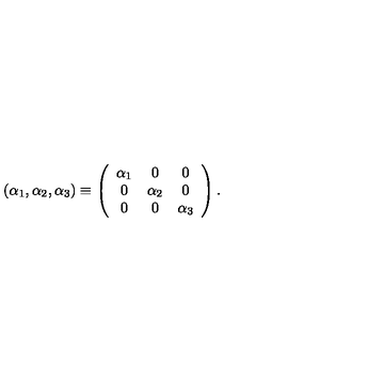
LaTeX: ( \alpha _ { 1 } , \alpha _ { 2 } , \alpha _ { 3 } ) \equiv \left( \begin{array} { c c c } { \alpha _ { 1 } } & { 0 } & { 0 } \\ { 0 } & { \alpha _ { 2 } } & { 0 } \\ { 0 } & { 0 } & { \alpha _ { 3 } } \\ \end{array} \right) . \,